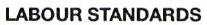
LABOUR STANDARDS